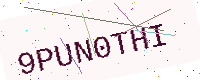
Text: 9PUN0THI